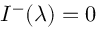
I ^ { - } ( \lambda ) = 0